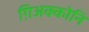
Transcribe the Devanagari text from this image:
ग़िअक्कोनि